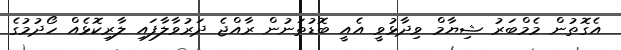
އެގޮތުން މެމްބަރު ޝިޔާމް ވިދާޅުވީ އެއީ ބޮޑުތަނުން ރާއްޖެ ދަރުވާލާފައި ލާރިކޮޅެއް ހޯދުމުގެ